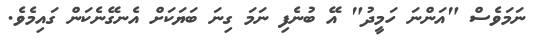
ނަމަވެސް "އަންނަ ހަމީދު" އޭ ބުނެފި ނަމަ ގިނަ ބަޔަކަށް އެނގޭނެކަން ގައިމެވެ.